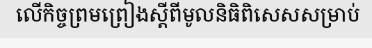
លើកិច្ចព្រមព្រៀងស្តីពីមូលនិធិពិសេសសម្រាប់